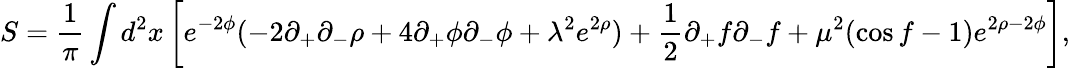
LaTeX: S=\frac{1}{\pi}\int d^{2}x\left[e^{-2\phi}(-2\partial_{+}\partial_{-}\rho+4\partial_{+}\phi\partial_{-}\phi+\lambda^{2}e^{2\rho})+\frac{1}{2}\partial_{+}f\partial_{-}f+\mu^{2}(\cos f-1)e^{2\rho-2\phi}\right],